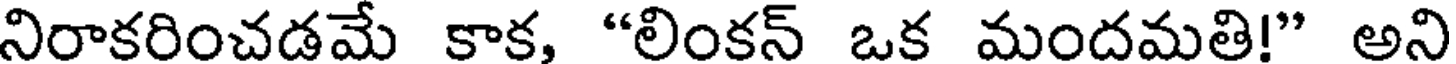
నిరాకరించడమే కాక, "లింకన్ ఒక మందమతి!" అని